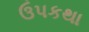
ઉપકથા